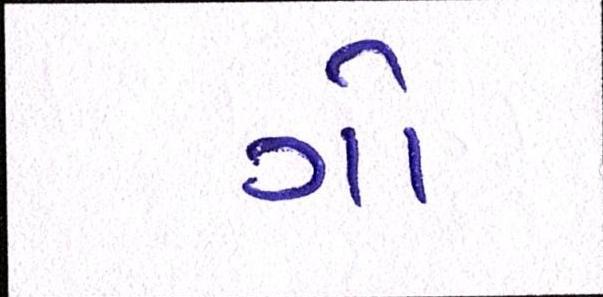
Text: ગો